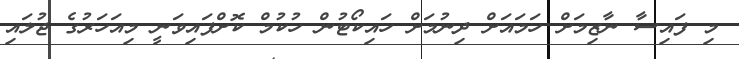
މި ފައިސާ ނާޒިމަށް ހަމައަށް ދިނުމަށް ހައިކޯޓުން ހުކުމް ކޮށްފައިވަނީ މިއަހަރުގެ ޖުލައި